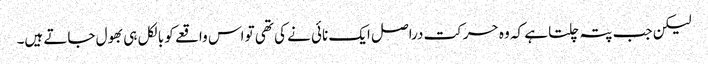
لیکن جب پتہ چلتا ہے کہ وہ حرکت دراصل ایک نائی نے کی تھی تو اس واقعے کو بالکل ہی بھول جاتے ہیں۔